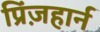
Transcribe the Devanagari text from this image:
प्रिंज़हार्न